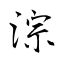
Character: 淙